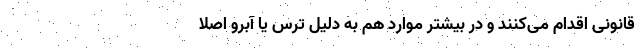
قانونی اقدام می‌کنند و در بیشتر موارد هم به دلیل ترس یا آبرو اصلا